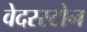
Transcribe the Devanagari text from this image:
वेदरस्‍टोन